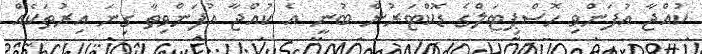
ކުއްޖާ އުފަންވި ހޮސްޕިޓަލްގެ ޑޮކްޓަރުން ބުނީ އެ ކުއްޖާ އުފަންވިތާ ގިނަ އިރުތަކެއް